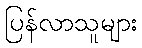
ပြန်လာသူများ